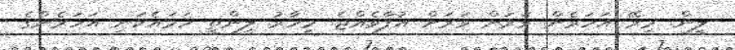
ލީން. މިރޭ އަހަރެން ވަރަށް ވަރަށް އުފާވެއްޖެ. މިހާރު ލީންތީ ހަމައެކަނި އަަހަރެންގެ